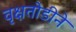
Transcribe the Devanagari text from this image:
वृक्षतोडीने